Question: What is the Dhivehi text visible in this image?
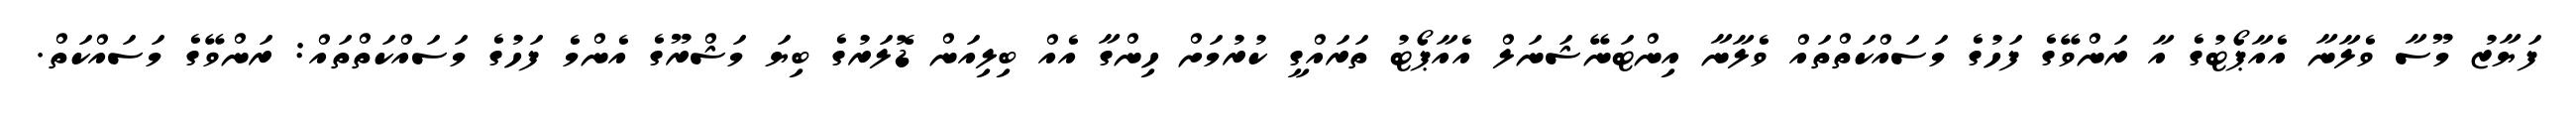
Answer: ފަޔާޒު މޫސާ ވެލާނާ އެއާޕޯޓުގެ އާ ރަންވޭގެ ފަހުގެ މަސައްކަތްތައް ވެލާނާ އިންޓަނޭޝަނަލް އެއާޕޯޓު ތަރައްގީ ކުރުމަށް ހިންގާ އެއް ބިލިއަން ޑޮލަރުގެ ބިޔަ މަޝްރޫގެ އެންމެ ފަހުގެ މަސައްކަތްތައް: ރަންވޭގެ މަސައްކަތް.